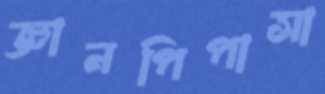
জ্ঞানপিপাসা